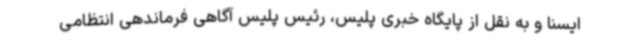
ایسنا و به نقل از پایگاه خبری پلیس، رئیس پلیس آگاهی فرماندهی انتظامی